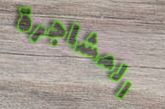
المشاجرة